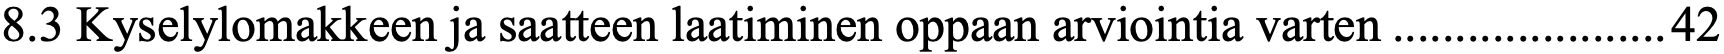
8.3 Kyselylomakkeen ja saatteen laatiminen oppaan arviointia varten ...................... 42